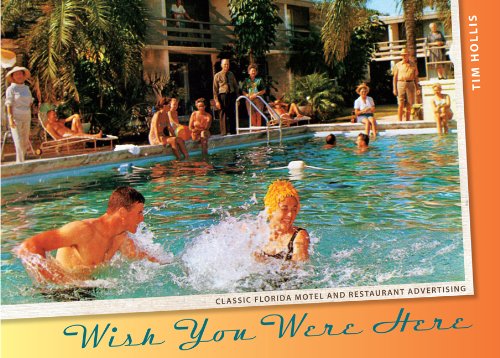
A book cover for Wish You Were Here: Classic Florida Motel and Restaurant Advertising; Tim Hollis; Humor & Entertainment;